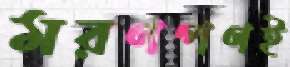
মরণপণই